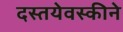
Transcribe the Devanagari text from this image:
दस्तयेवस्कीने